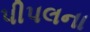
પીપલના